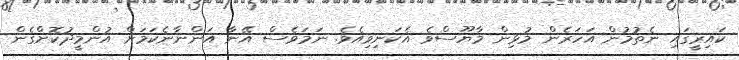
ކައިރީގައި ނެތުމުން އަހަރެން މުޅިން މާޔޫސްވެ އެކަނިވިއެވެ. ނަމަވެސް އޭނާ އަންނާނެކަމަށް އުންމީދުކޮށްގެން